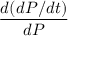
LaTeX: \frac { d ( d P / d t ) } { d P }